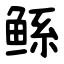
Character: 鲧